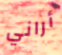
أراني